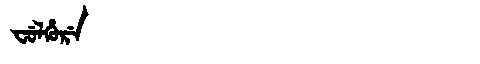
Manchu: ᠸᡠᠯᡥᡠᡵᡝ
Romanization: FULHURE